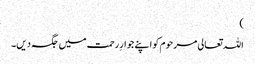
)
اللہ تعالی مرحوم کو اپنے جوارِ رحمت میں جگہ دیں۔